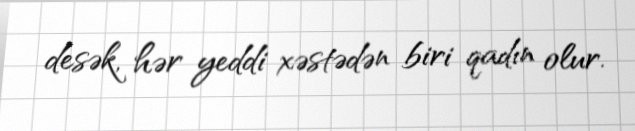
desək, hər yeddi xəstədən biri qadın olur.